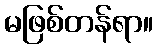
မဖြစ်တန်ရာ။